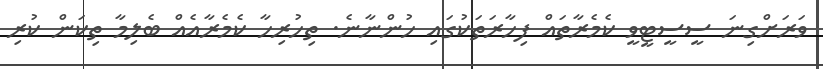
ވަރަށްގިނަ ސީސީޓީވީ ކެމެރާތައް ފިހާރަތަކުގައި ހުންނާނެ. ތިހުރިހާ ކެމެރާއެއް ބެލިމާ ތިކަން ކުރި